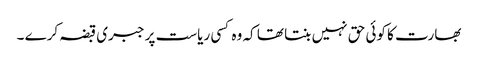
بھارت کا کوئی حق نہیں بنتا تھا کہ وہ کسی ریاست پر جبری قبضہ کرے ۔